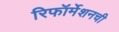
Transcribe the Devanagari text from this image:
रिफॉर्मेशनची